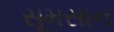
સૂમસાન